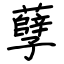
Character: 孽